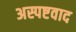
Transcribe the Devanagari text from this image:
अस्पष्टवाद